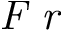
\textit { F r }